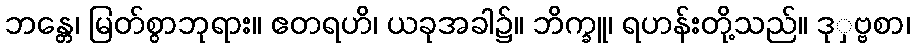
ဘန္တေ၊ မြတ်စွာဘုရား။ ဧတရဟိ၊ ယခုအခါ၌။ ဘိက္ခူ၊ ရဟန်းတို့သည်။ ဒုှဗ္ဗစာ၊